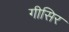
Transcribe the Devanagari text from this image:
गीसिर